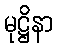
မုဋ္ဌိနာ